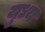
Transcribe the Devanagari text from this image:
युध्य